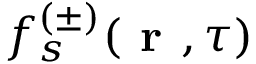
f _ { s } ^ { ( \pm ) } ( \textbf { r } , \tau )